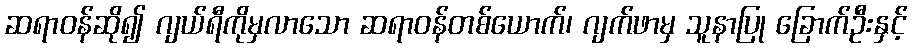
ဆရာဝန်ဆို၍ ဂျယ်ရီကိုမှလာသော ဆရာဝန်တစ်ယောက်၊ ဂျက်ဖာမှ သူနာပြု ခြောက်ဦးနှင့်